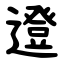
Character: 邆